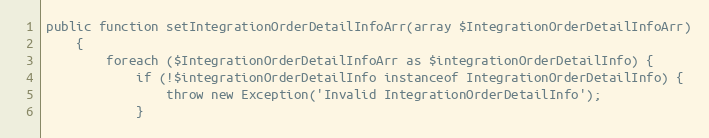
Language: PHP
public function setIntegrationOrderDetailInfoArr(array $IntegrationOrderDetailInfoArr)
    {
        foreach ($IntegrationOrderDetailInfoArr as $integrationOrderDetailInfo) {
            if (!$integrationOrderDetailInfo instanceof IntegrationOrderDetailInfo) {
                throw new Exception('Invalid IntegrationOrderDetailInfo');
            }